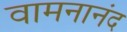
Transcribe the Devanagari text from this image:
वामनानंद